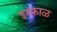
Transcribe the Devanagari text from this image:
इम्फाळ